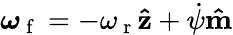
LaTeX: \boldsymbol{\omega}_{\mathrm{~f~}}=-\omega_{\mathrm{~r~}}\mathbf{\hat{z}}+\dot{\psi}\mathbf{\hat{m}}